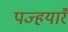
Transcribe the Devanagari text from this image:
पज्हयारै